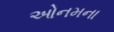
ઓનમના